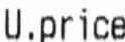
U.PRICE